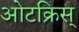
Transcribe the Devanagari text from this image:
ओटक्रिस्